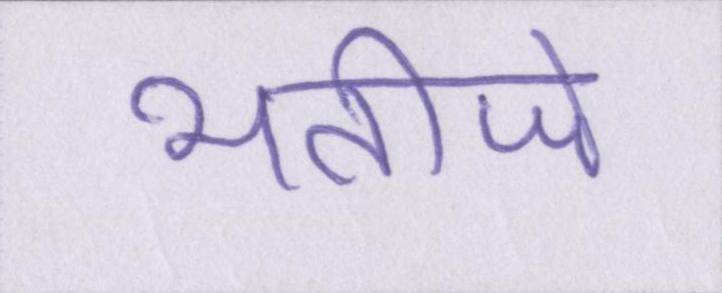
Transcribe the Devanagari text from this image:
भतीजे